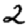
Digit: 2